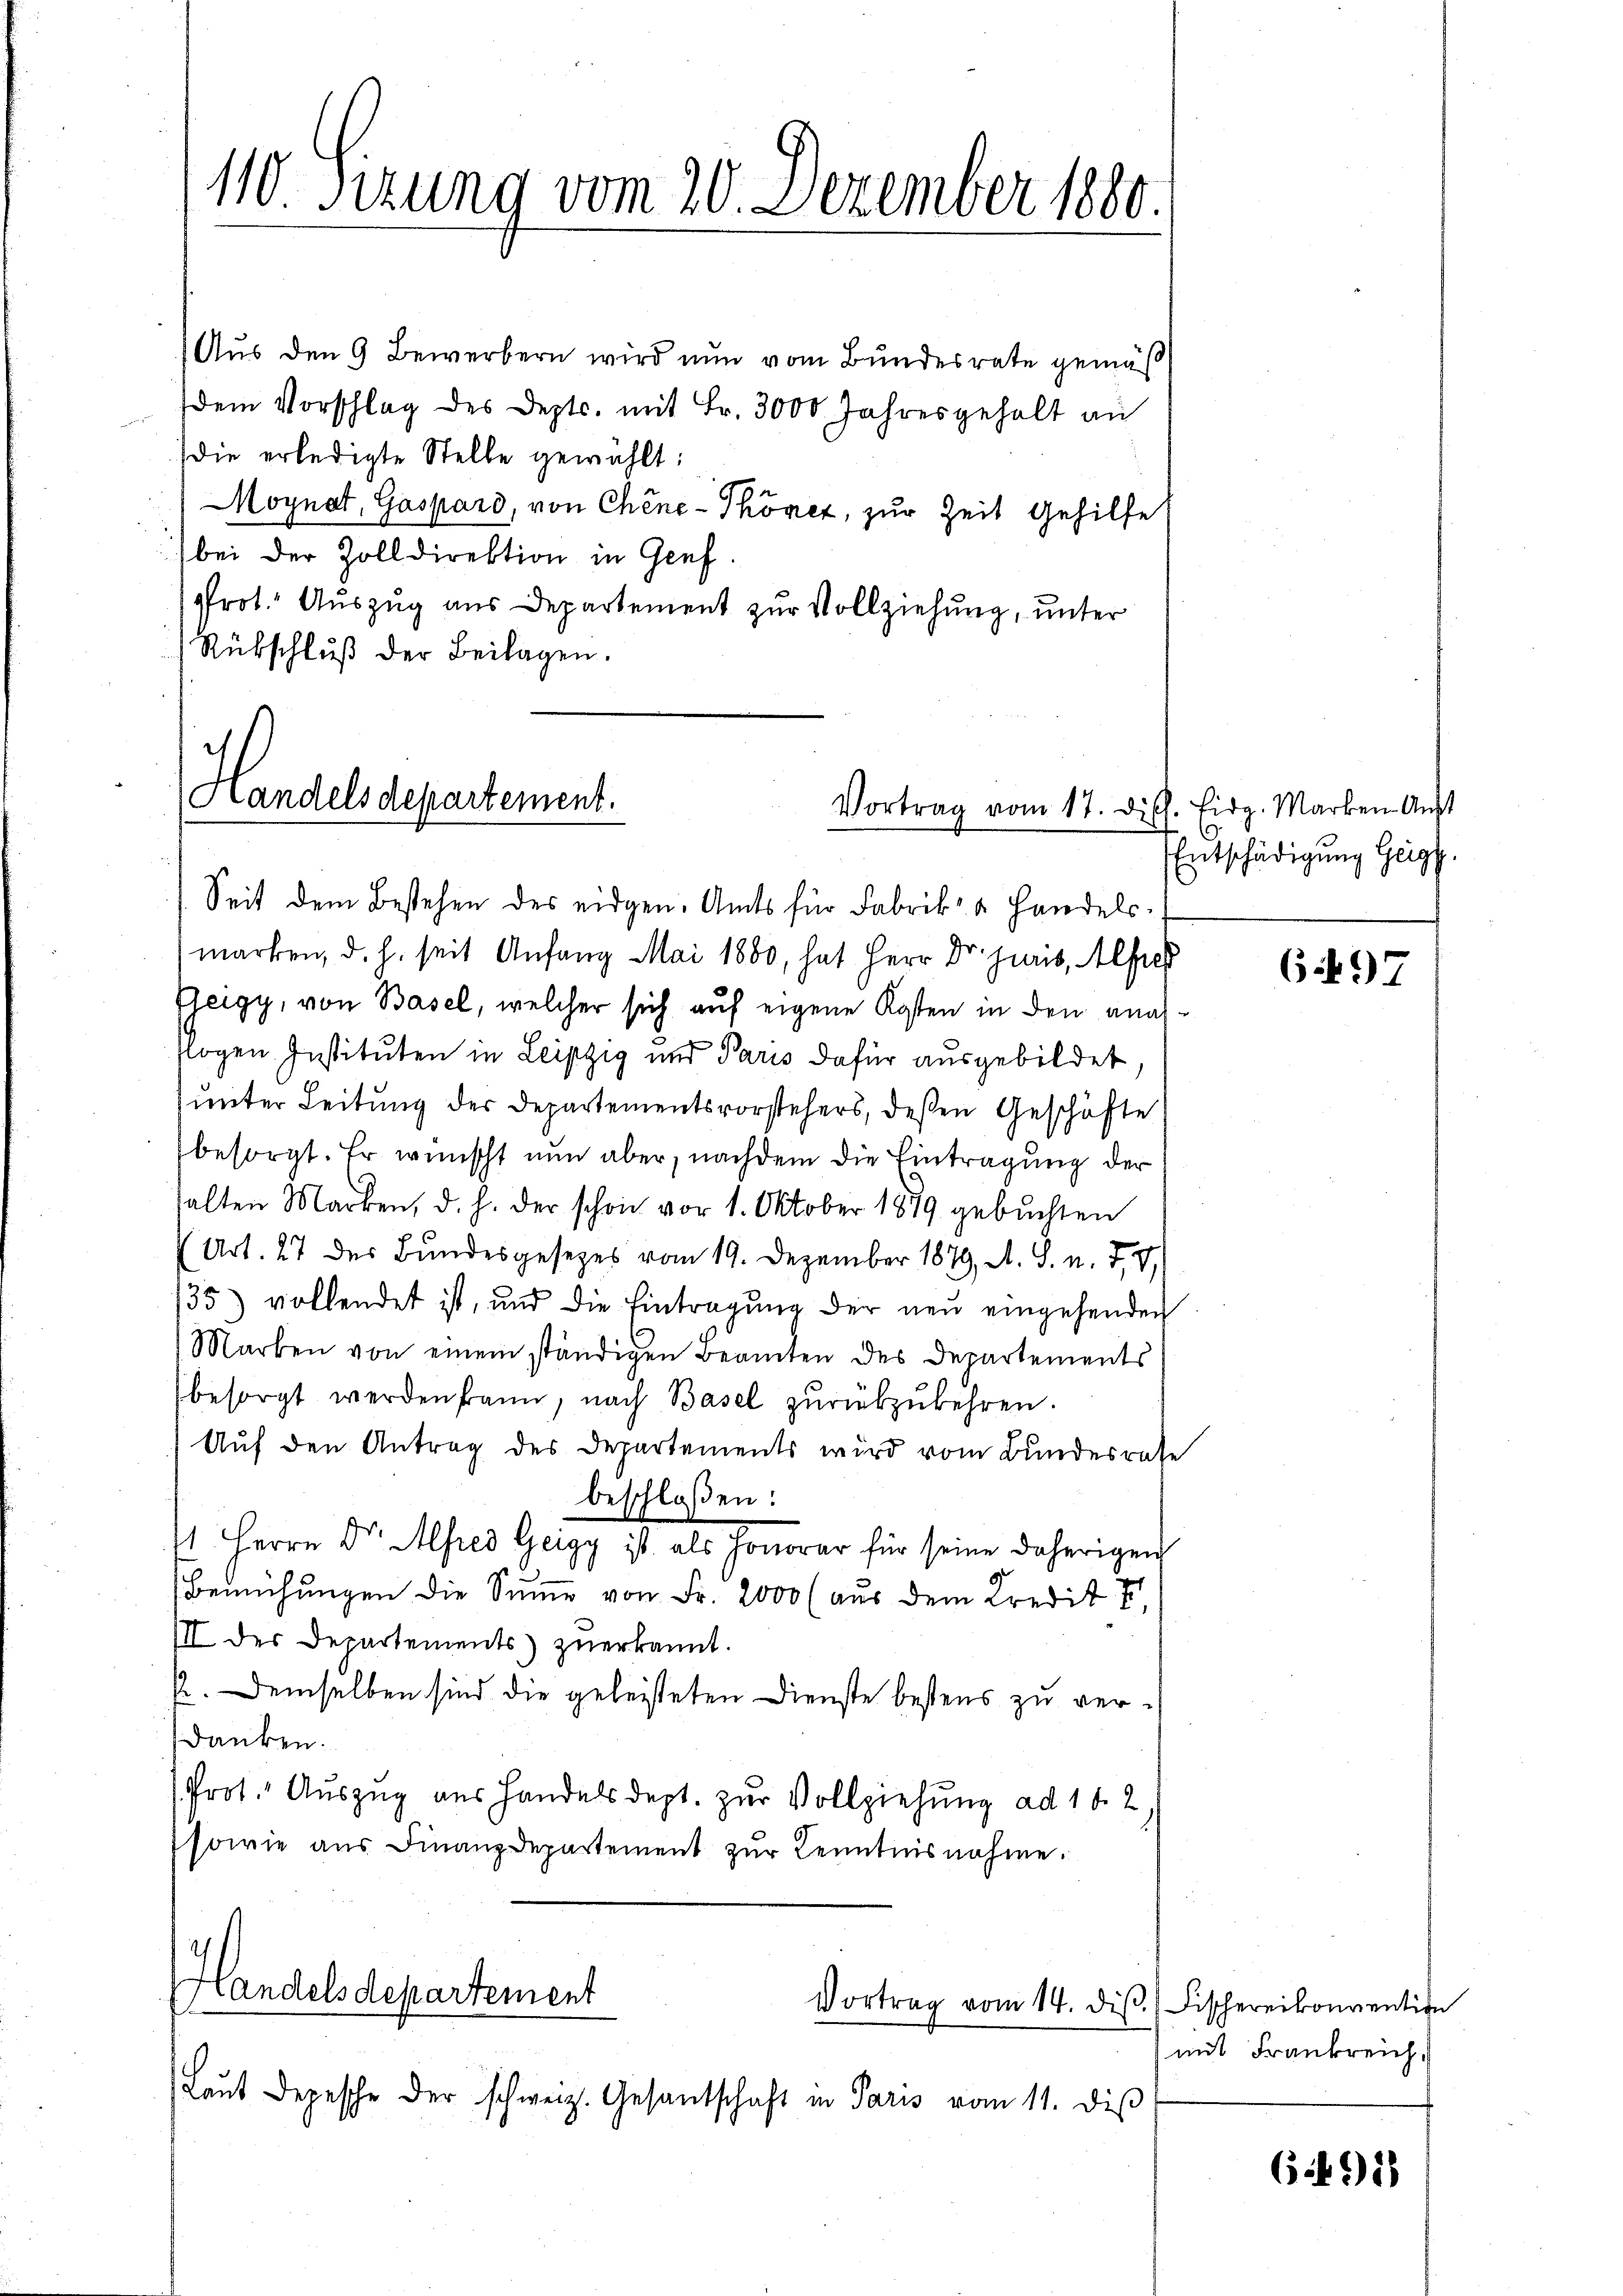
Aus den 9 Bewerbern wird nun vom Bundesrate gemäß
dem Vorschlag des Depts. mit Fr. 3000 Jahresgehalt an
die erledigte Stelle gewählt:
Moynat, Gaspard, von Chine-Thönez, zur Zeit Gehilfe
bei der Zolldirektion in Genf.
prot. Auszug aus Departement zur Vollziehung, unter
Rübschluß der Beilagen.

110 Sizung vom 20. Dezember 1880

Handelsdepartement.
Vortrag vom 17. Dill. Eidg. Marken Anst

Laŭt Depesche der schweiz. Gesantschaft in Paris vom 11. diβ

Handels departement
Vortrag vom 14. diβ.

Seit dem Bestehen des eidgen. Amts für Fabrik- u. Handels-
marken, d. h. seit Anfang Mai 1880, hat Herr Dr. juris, Alfre
Geigy, von Basel, welcher sich auf eigene Kosten in den anal
togen Instituten in Leipzig und Paris dafür ausgebildet,
unter Leitung der Departementsvorstehers, deßen Geschäfte
besorgt. Er wünscht nun aber, nachdem die Eintragung der
alten Marken, d. h. der schon vor 1. Oktober 1879 gebuchten
(Art. 27 des Bundesgesetzes vom 19. Dezember 1879, A. S. u. 77
35) vollendet ist, und die Eintragŭng der neŭ eingehenden
Marken von einem ständigen Beamten des Departements
besorgt werden kann, nach Basel zŭrükzukehren.
Auf den Antrag des Departements wird vom Bundesrate
beschloßen:
1 Herrn Dr. Mehres Geigg ist als Honorar für seine daherigen
Bemühungen die Summe von Fr. 2000 (aus dem Kredit u
III der Departements zuerkannt.
p. Demselben sind die geleisteten Dienste bestens zu verdanken.
Prot. Auszug aus Handelsdept. zur Vollziehung ad 16. 2
sowie aus Finanzdepartement zur Kenntnisnahme.

6
Entschädigung Geig

697

Fischereikonvention
mit Frankreich,

6491)